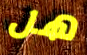
هل